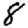
Digit: 8